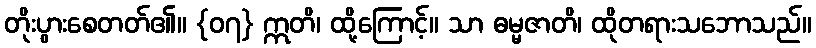
တိုးပွားစေတတ်၏။ {၀၇} ဣတိ၊ ထို့ကြောင့်။ သာ ဓမ္မဇာတိ၊ ထိုတရားသဘောသည်။